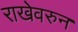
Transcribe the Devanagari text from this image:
राखेवरुन